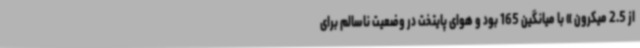
از 2.5 میکرون » با میانگین 165 بود و هوای پایتخت در وضعیت ناسالم برای